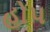
હોપ